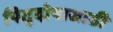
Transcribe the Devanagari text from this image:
पितृदोषासाठी